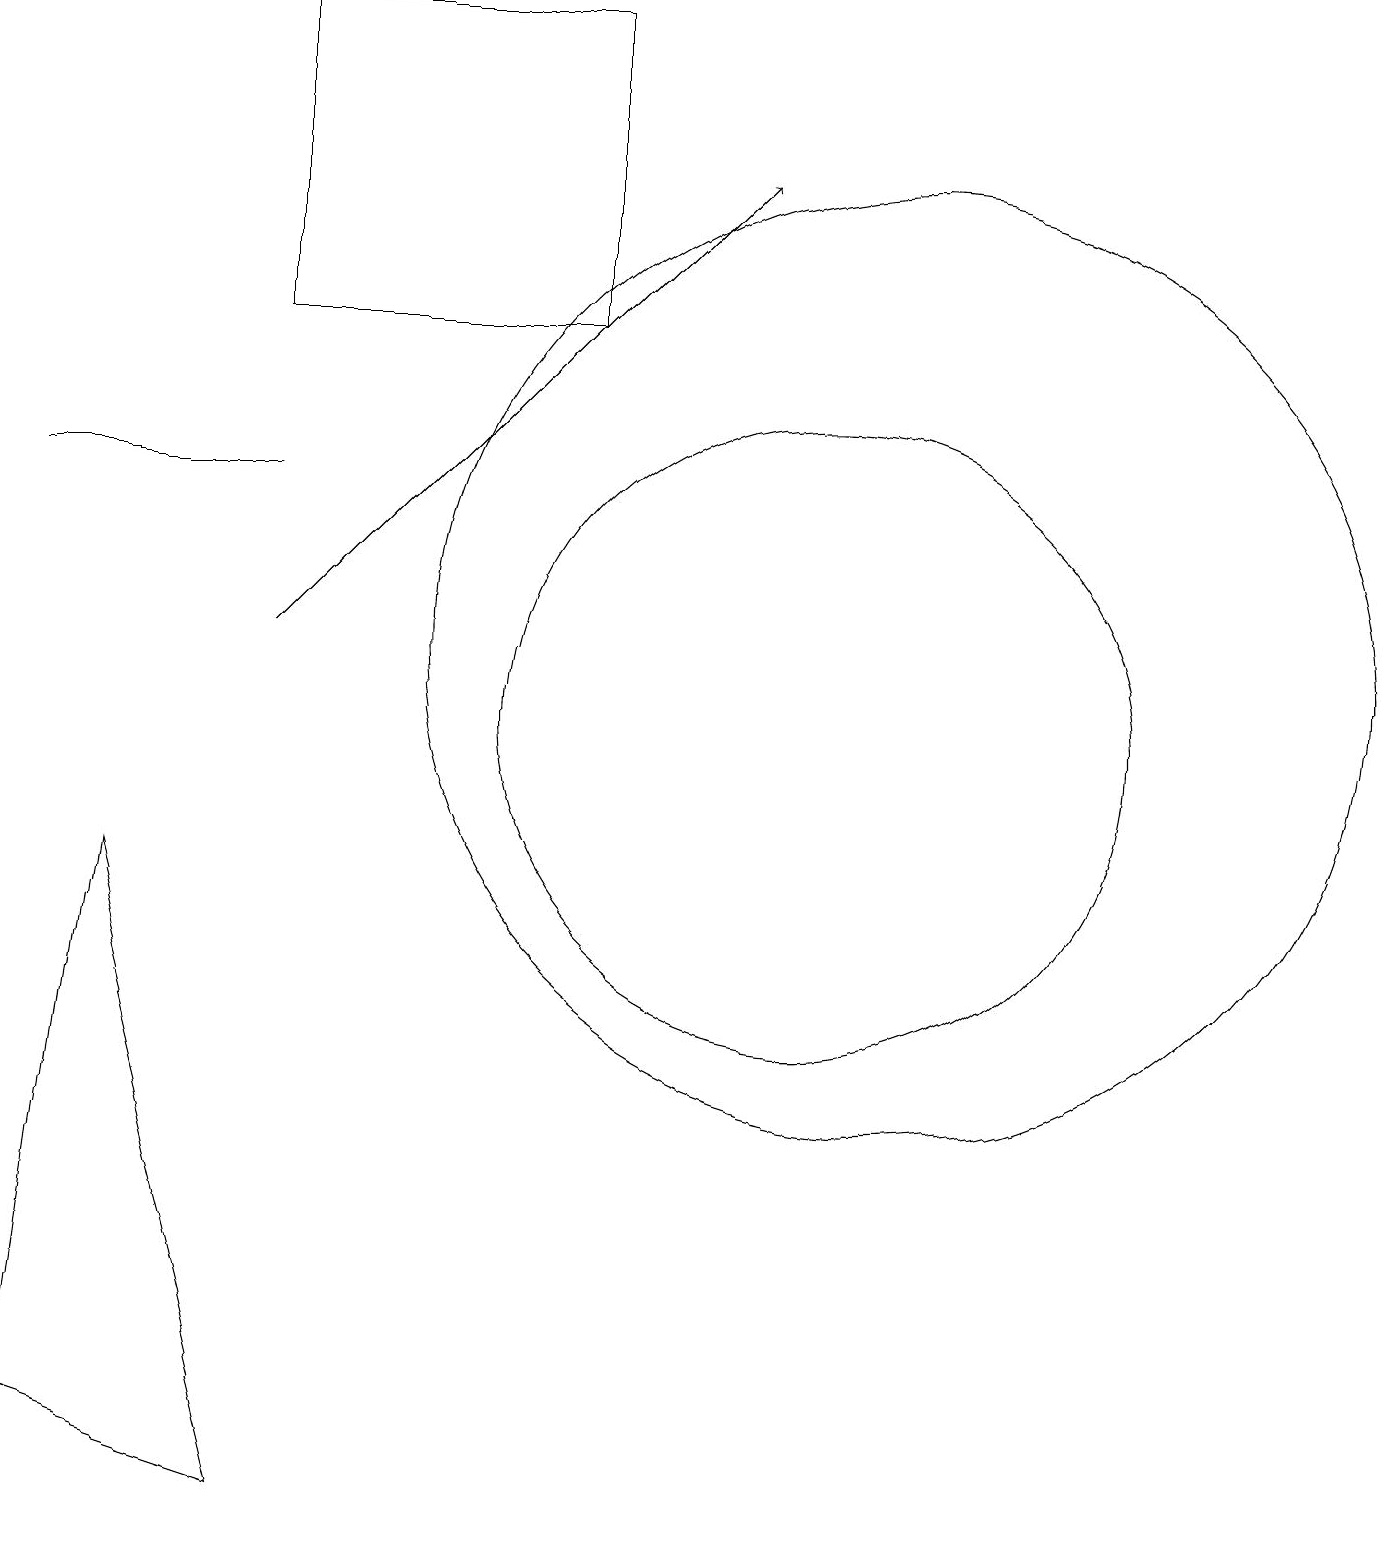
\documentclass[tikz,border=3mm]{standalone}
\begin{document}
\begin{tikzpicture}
\draw (0,1) -- (1,8) -- (3,0) -- cycle;
\draw (7,19) rectangle (3,15);
\draw[->] (3,11) -- (9,17);
\draw (10,10) circle (4);
\draw (11,11) circle (6);
\draw (0,13) rectangle (3,13);
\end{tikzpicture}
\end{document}